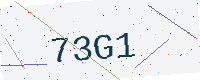
Text: 73G1